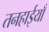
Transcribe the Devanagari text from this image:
तनहाईयाँ